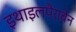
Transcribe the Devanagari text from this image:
इथाइलपैराबेन